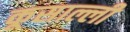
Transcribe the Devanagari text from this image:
कूसाल्ली